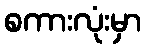
စကားလုံးမှာ